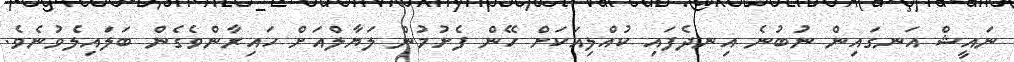
ނައީޝް އަނގައިން ނުބުނެ އިނދެފައި ކުއްލިއަކަށް ހޭން ފެށުމުން ލަޔާލްއަށް ހައިރާންވެގެން ބަލައިލެވުނެވެ.